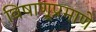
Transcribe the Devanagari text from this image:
विषाणूप्रमाणे